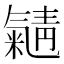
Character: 𱥭